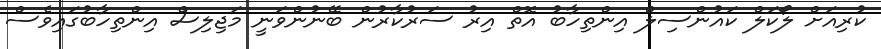
ކުރިއަށް ލޯކަލް ކައުންސިލް އިންތިހާބު އޮތް އިރު ސަރުކާރުން ބޭނުންވަނީ މަޖިލިސް އިންތިހާބުގައިވެސް